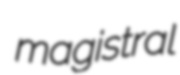
magistral